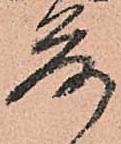
落